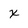
Character: x